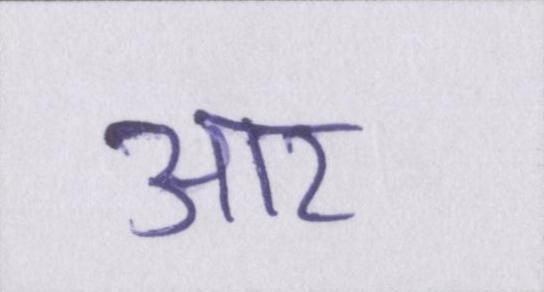
आर